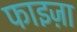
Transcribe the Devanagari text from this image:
फाइज़ा